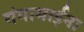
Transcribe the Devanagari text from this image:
गंगामाईना